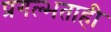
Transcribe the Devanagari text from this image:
प्रगल्भताही